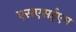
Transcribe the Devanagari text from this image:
एसएसईएम